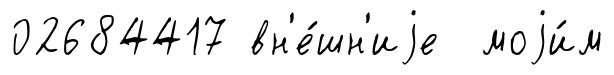
02684417 вн'е́шн'иjе моjи́м